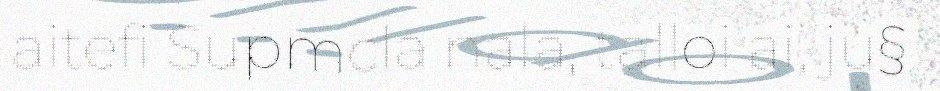
aitefi Supmcla nala, talloi ai, ju§